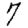
Digit: 7